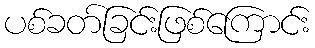
ပစ်ခတ်ခြင်းဖြစ်ကြောင်း